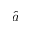
\hat { a }